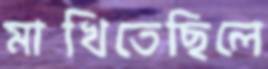
মাখিতেছিলে